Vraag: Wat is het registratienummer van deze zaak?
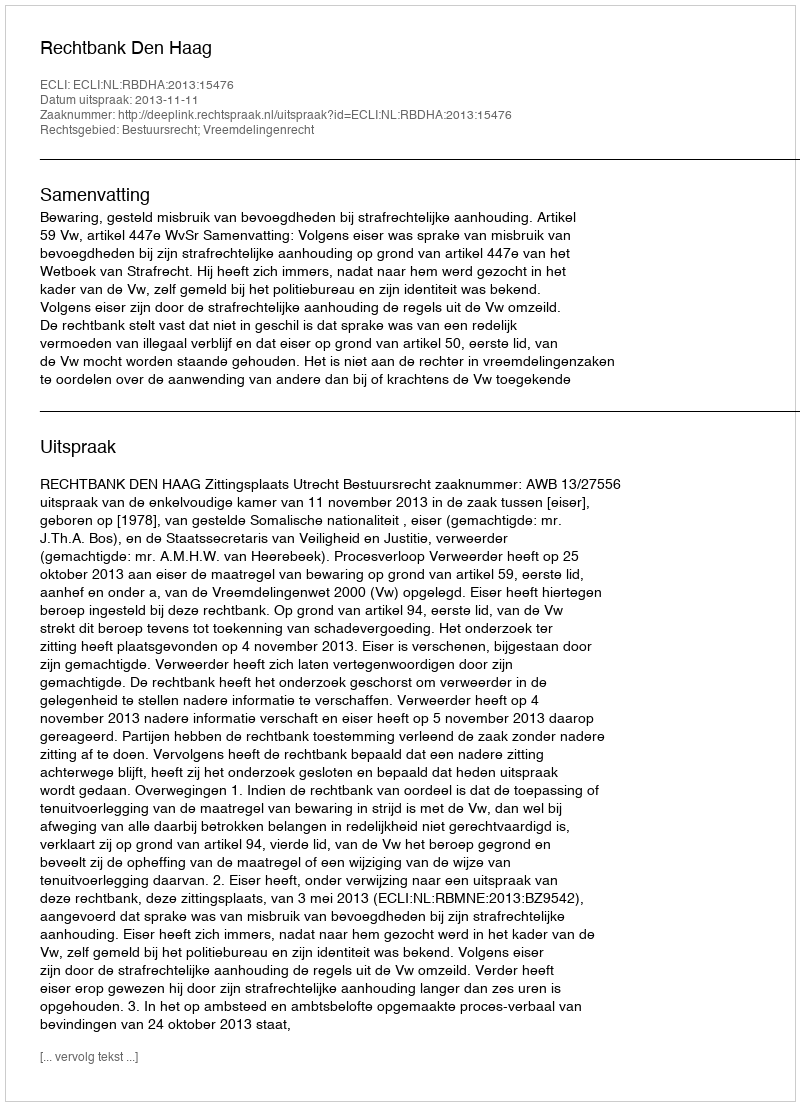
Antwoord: http://deeplink.rechtspraak.nl/uitspraak?id=ECLI:NL:RBDHA:2013:15476